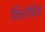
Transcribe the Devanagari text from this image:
निशेषित